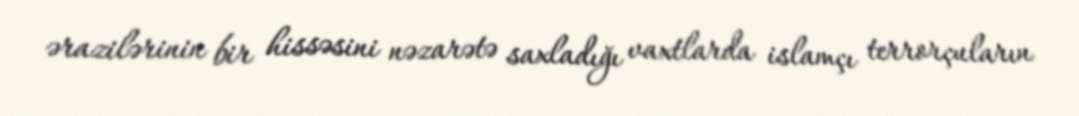
ərazilərinin bir hissəsini nəzarətə saxladığı vaxtlarda islamçı terrorçuların